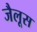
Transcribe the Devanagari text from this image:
जैलूस